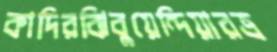
কাদিরঝিবুয়েন্দিয়ারত্র